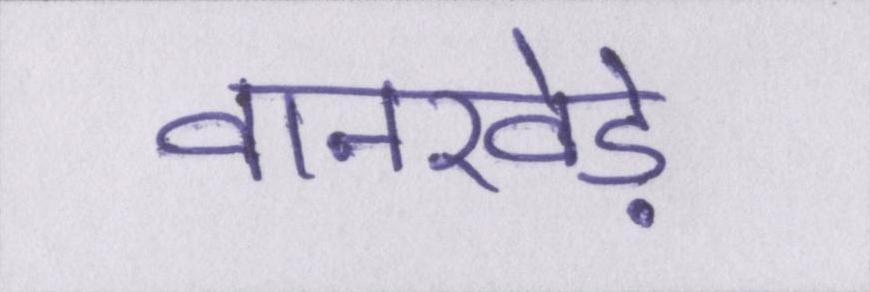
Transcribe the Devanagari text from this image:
वानखेड़े